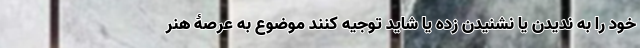
خود را به ندیدن یا نشنیدن زده یا شاید توجیه کنند موضوع به عرصۀ هنر